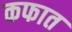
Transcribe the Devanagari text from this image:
कफात